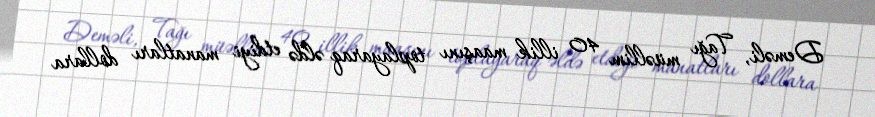
Deməli, Tağı müəllim 40 illik maaşını toplayaraq əldə etdiyi manatları dollara